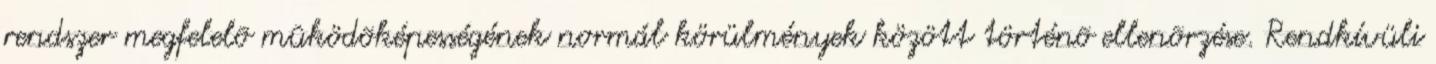
rendszer megfelelõ mûködõképességének normál körülmények között történõ ellenõrzése. Rendkívüli